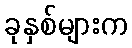
ခုနှစ်များက